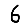
Digit: 6